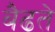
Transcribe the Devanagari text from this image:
बैढते